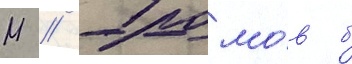
М // Громо́в б